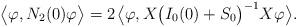
LaTeX: \begin{align*}\big\langle\varphi,N_2(0)\varphi\big\rangle=2\;\!\big\langle\varphi,X\big(I_0(0)+S_0\big)^{-1}X\varphi\big\rangle.\end{align*}